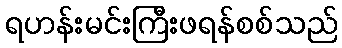
ရဟန်းမင်းကြီးဖရန်စစ်သည်